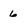
Character: 6